Medical and sanitary report of the native army of Bengal for the year
Year: 1876
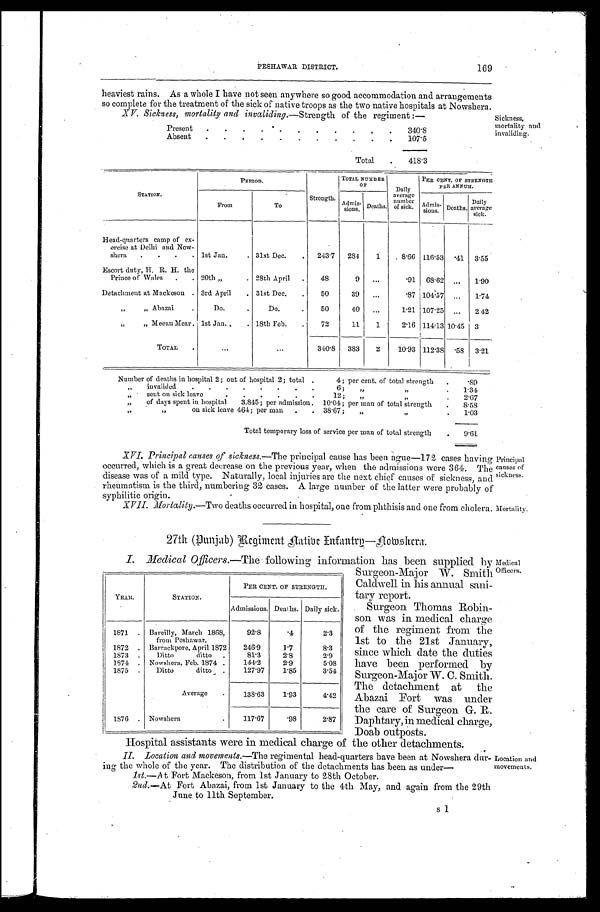
169
PESHAWAR DISTRICT.
heaviest rains. As a whole I have not seen anywhere so good accommodation and arrangements
so complete for the treatment of the sick of native troops as the two native hospitals at Nowshera.
XV. Sickness, mortality and invaliding.—Strength of the regiment:—
Sickness,
mortality and
invaliding.
Present
3 4 0 . 8
Absent
107.5
Total 418.3
S T A T I O N .
P E R I O D .
Strength.
TOTAL NUMBER O F Daily
average number of sick.
PER CENT. OF STRENGTH P E R A N N U M .
From
To
Admis- sions. Deaths.
Admis- sions. Deaths. Daily
average sick.
Head-quarters camp of ex-
ercise at Delhi and Now-
shera
1st Jan.
31st Dec.
243.7 284 1
8.66 116.53
. 4 1 3.55
Escort duty, H. R. H. the
Prince of Wales
20th „
28th April
48
9
.91 68.62
1 . 9 0
Detachment at Mackeson 3rd April
31st Dec.
50
39
.87 104.57
1.74
„ „ Abazai
Do.
Do.
50
40
1.21 107.25
2 . 4 2
„ „ Meean Near. 1st Jan.
18th Feb.
72
11 1
2.16 114.13 10.45 3
TOTAL
340.8 383 2 10.93 112.38
. 5 8 3 . 2 1
Number of deaths in hospital 2; out of hospital 2; total
4; per cent. of total strength .89
„ invalided
6; „ „ 1.34
„ sent on sick leave
12; „ „ 2 . 6 7
„ of days spent in hospital 3,845; per admission. 10.04; per man of total strength 8.58
„ „ on sick leave 464; per man
38.67; „ „ 1 . 0 3
Total temporary loss of service per man of total strength
9 . 6 1
XVI. Principal causes of sickness. —The principal cause has been ague—172 cases having
occurred, which is a great decrease on the previous year, when the admissions were 364. The
disease was of a mild type. Naturally, local injuries are the next chief causes of sickness, and
rheumatism is the third, numbering 32 cases. A large number of the latter were probably of
syphilitic origin.
Principal
causes of
sickness.
XVII. Mortality.—Two deaths occurred in hospital, one from phthisis and one from cholera. Mortality.
27th (Punjab) Regiment natine Enfantry–Nowshera.
I. Medical Officers.—The following information has been supplied by
Surgeon-Major W. Smith
Caldwell in his annual sani
-tary report.
Surgeon Thomas Robin
-son was in medical charge
of the regiment from the
1st to the 21st January,
since which date the duties
have been performed by
Surgeon-Major W. C. Smith.
The detachment at the
Abazai Fort was under
the care of Surgeon G. R.
Daphtary, in medical charge,
Doab outposts.
Hospital assistants were in medical charge of the other detachments.
YEAR.
STATION.
PER CENT. OF STRENGTH.
Admissions. Deaths. Daily sick.
1 8 7 1
Bareilly, March 1868,
from Peshawar.
92.8
.4
2. 3
1872
Barrackpore, April 1872 246.9 1.7
8. 3
1873
Ditto ditto
81.3
2.8
2. 9
1874
Nowshera, Feb. 1874
1 4 4 . 2 2.9
5. 08
1875
Ditto ditto
127.97 1.85
3.54
Average
1 3 8 . 6 3 1.93
4. 42
1876
Nowshera
117.67 .98
2.87
Medical
Officers.
II. Location and movements. —The regimental head-quarters have been at Nowshera dur
-ing the whole of the year. The distribution of the detachments has been as under
—
1st.—At Fort Mackeson, from 1st January to 28th October.
2nd. —At Fort Abazai, from 1st January to the 4th May, and again from the 29th
June to 11th September.
Location and
movements.
s 1